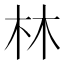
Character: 林